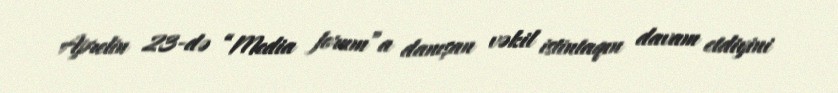
Aprelin 23-də “Media forum”a danışan vəkil istintaqın davam etdiyini